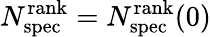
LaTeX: N_{\mathrm{spec}}^{\mathrm{rank}}=N_{\mathrm{spec}}^{\mathrm{rank}}(0)